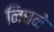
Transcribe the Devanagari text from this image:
निघने